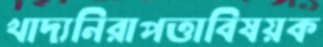
খাদ্যনিরাপত্তাবিষয়ক